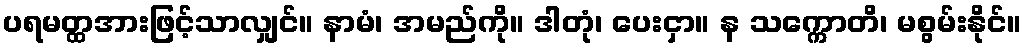
ပရမတ္ထအားဖြင့်သာလျှင်။ နာမံ၊ အမည်ကို။ ဒါတုံ၊ ပေးငှာ။ န သက္ကောတိ၊ မစွမ်းနိုင်။